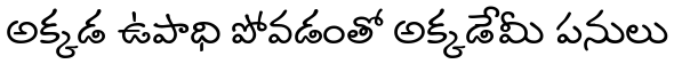
అక్కడ ఉపాధి పోవడంతో అక్కడేమీ పనులు